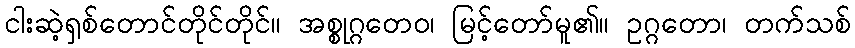
ငါးဆဲ့ရှစ်တောင်တိုင်တိုင်။ အစ္စုဂ္ဂတေဝ၊ မြင့်တော်မူ၏။ ဥဂ္ဂတော၊ တက်သစ်